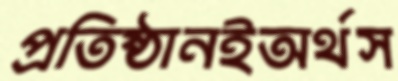
প্রতিষ্ঠানইঅর্থস